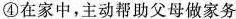
④在家中，主动帮助父母做家务